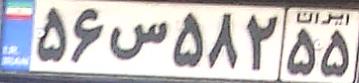
۵۶س۵۸۲۵۵